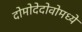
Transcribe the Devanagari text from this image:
दोमोदेदोवोमध्ये